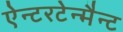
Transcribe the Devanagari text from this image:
ऐन्टरटेन्मैन्ट